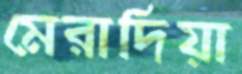
মেরাদিয়া